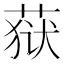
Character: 𮶩